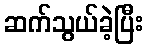
ဆက်သွယ်ခဲ့ပြီး